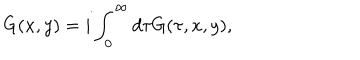
G ( x , y ) = i \int _ { 0 } ^ { \infty } d \tau G ( \tau , x , y ) ,